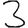
Digit: 3